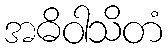
အဓိဝါသိတံ